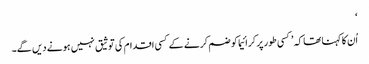
‘
اُن کا کہنا تھا کہ ’کسی طور پر کرائیما کو ضم کرنے کے کسی اقدام کی توثیق نہیں ہونے دیں گے۔